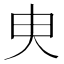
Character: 㬰